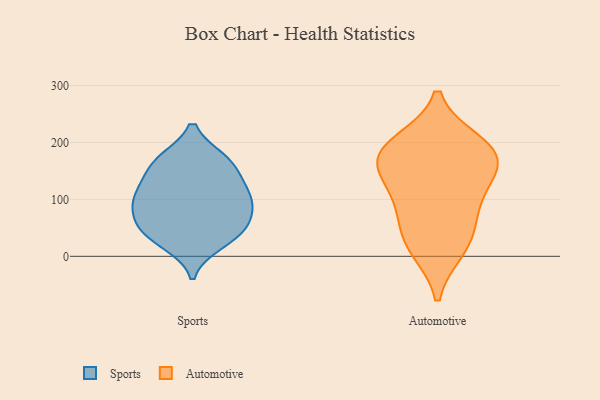
{"axis": {"x": "Satisfaction Score", "y": "Value"}, "legend": ["Automotive", "Sports"], "data": [{"x": "", "y": 102, "type": "Sports"}, {"x": "", "y": 101, "type": "Sports"}, {"x": "", "y": 23, "type": "Sports"}, {"x": "", "y": 167, "type": "Sports"}, {"x": "", "y": 54, "type": "Sports"}, {"x": "", "y": 168, "type": "Sports"}, {"x": "", "y": 92, "type": "Sports"}, {"x": "", "y": 135, "type": "Sports"}, {"x": "", "y": 60, "type": "Sports"}, {"x": "", "y": 44, "type": "Sports"}, {"x": "", "y": 88, "type": "Sports"}, {"x": "", "y": 34, "type": "Sports"}, {"x": "", "y": 124, "type": "Sports"}, {"x": "", "y": 169, "type": "Sports"}, {"x": "", "y": 121, "type": "Automotive"}, {"x": "", "y": 170, "type": "Automotive"}, {"x": "", "y": 162, "type": "Automotive"}, {"x": "", "y": 24, "type": "Automotive"}, {"x": "", "y": 14, "type": "Automotive"}, {"x": "", "y": 188, "type": "Automotive"}, {"x": "", "y": 64, "type": "Automotive"}, {"x": "", "y": 98, "type": "Automotive"}, {"x": "", "y": 198, "type": "Automotive"}, {"x": "", "y": 176, "type": "Automotive"}]}